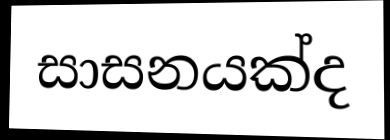
සාසනයක්ද